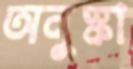
অনুস্কা